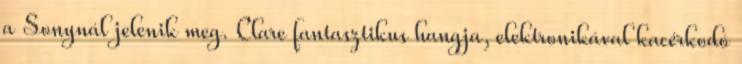
a Sonynál jelenik meg. Clare fantasztikus hangja, elektronikával kacérkodó